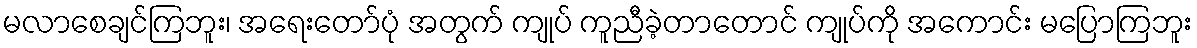
မလာစေချင်ကြဘူး၊ အရေးတော်ပုံ အတွက် ကျုပ် ကူညီခဲ့တာတောင် ကျုပ်ကို အကောင်း မပြောကြဘူး